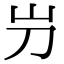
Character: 屶